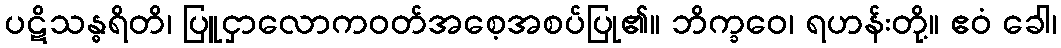
ပဋိသန္ဓရိတိ၊ ပြူငှာလောကဝတ်အစေ့အစပ်ပြု၏။ ဘိက္ခဝေ၊ ရဟန်းတို့။ ဧဝံ ခေါ၊